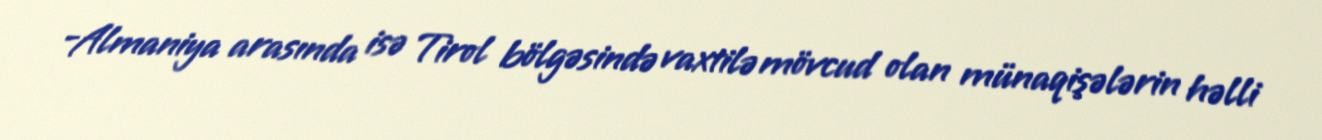
-Almaniya arasında isə Tirol bölgəsində vaxtilə mövcud olan münaqişələrin həlli